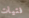
فتيات